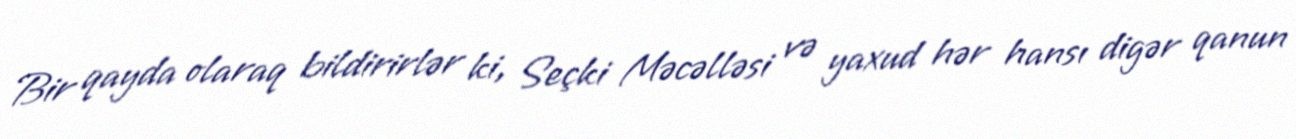
Bir qayda olaraq bildirirlər ki, Seçki Məcəlləsi və yaxud hər hansı digər qanun